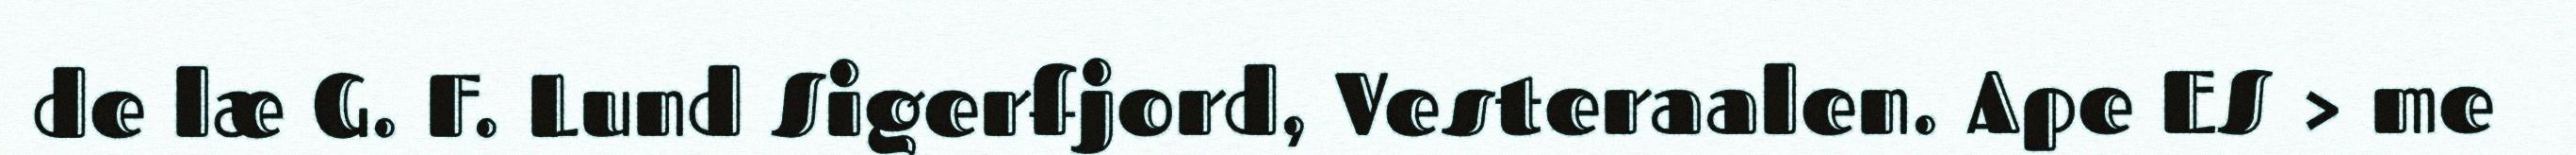
de læ G. F. Lund Sigerfjord, Vesteraalen. Ape ES > me